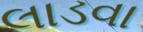
લાડવા